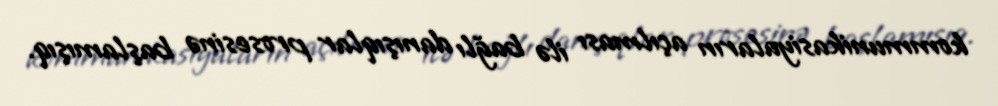
kommunikasiyaların açılması ilə bağlı danışıqlar prosesinə başlamışıq.